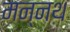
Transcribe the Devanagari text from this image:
मन्नथ